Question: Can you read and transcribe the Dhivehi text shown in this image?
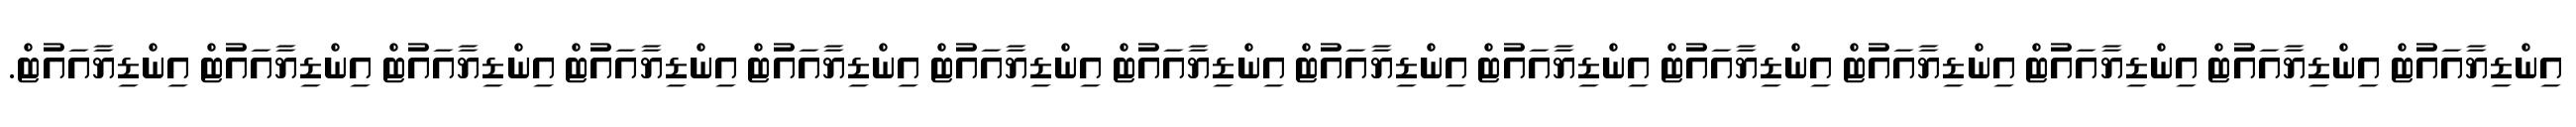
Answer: އިންޑިޔާއައުޓް އިންޑިޔާއައުޓް އިންޑިޔާއައުޓް އިންޑިޔާއައުޓް އިންޑިޔާއައުޓް އިންޑިޔާއައުޓް އިންޑިޔާއައުޓް އިންޑިޔާއައުޓް އިންޑިޔާއައުޓް އިންޑިޔާއައުޓް އިންޑިޔާއައުޓް އިންޑިޔާއައުޓް އިންޑިޔާއައުޓް އިންޑިޔާއައުޓް.